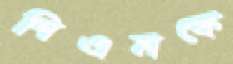
পিএমকে